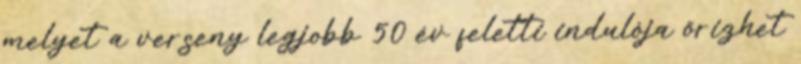
melyet a verseny legjobb 50 év feletti indulója őrizhet